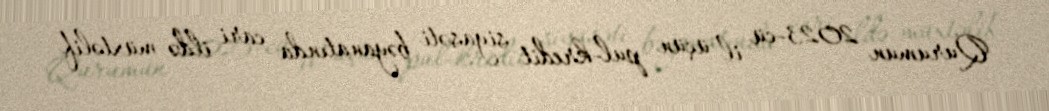
Qurumun 2023-cü il üçün pul-kredit siyasəti bəyanatında cari ildə müxtəlif